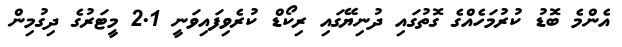
އެންމެ ބޮޑު ކުރުމަހެއްގެ ގޮތުގައި ދުނިޔޭގައި ރިކޯޑް ކުރެވިފައިވަނީ 2.1 މީޓަރުގެ ދިގުމިން